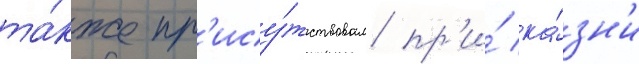
та́кже пр'ису́тствовал пр'и́ ка́зн'и